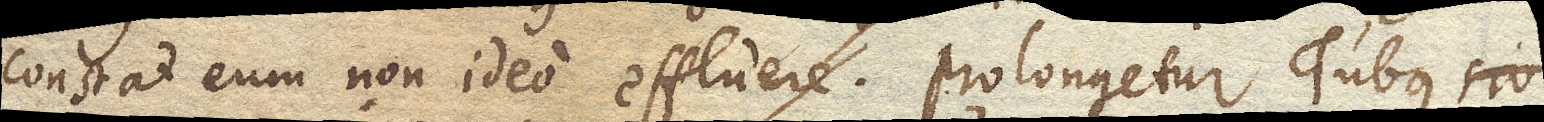
constat eum non ideo effluere. Prolongetur Tubus